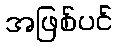
အဖြစ်ပင်